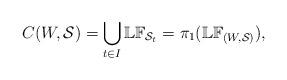
LaTeX: \begin{align*}\displaystyle{C(W,\mathcal{S})=\bigcup _{t\in I} \mathbb{LF}_{\mathcal{S}_{t}}}=\pi_1(\mathbb{LF}_{(W,\mathcal{S})}),\end{align*}